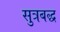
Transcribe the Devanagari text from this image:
सुत्रबद्ध